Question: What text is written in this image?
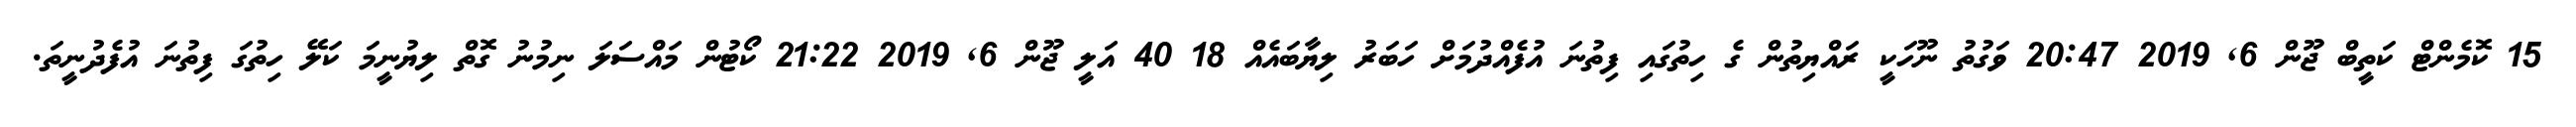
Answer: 15 ކޮމެންޓް ކަތީބް ޖޫން 6, 2019 20:47 ވަގުތު ނޫހަކީ ރައްޔިތުން ގެ ހިތުގައި ފިތުނަ އުފެއްދުމަށް ހަބަރު ލިޔާބައެއް 18 40 އަލީ ޖޫން 6, 2019 21:22 ކޯޓުން މައްސަލަ ނިމުނު ގޮތް ލިޔުނީމަ ކަލޭ ހިތުގަ ފިތުނަ އުފެދުނީތަ.